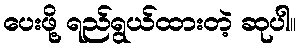
ပေးဖို့ ရည်ရွယ်ထားတဲ့ ဆုပါ။